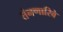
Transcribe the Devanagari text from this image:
तंनणारिवे